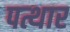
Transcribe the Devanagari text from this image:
पत्थार